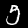
Digit: 5